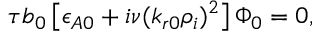
\begin{array} { r } { \tau b _ { 0 } \left[ \epsilon _ { A 0 } + i \nu ( k _ { r 0 } \rho _ { i } ) ^ { 2 } \right] \Phi _ { 0 } = 0 , } \end{array}